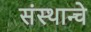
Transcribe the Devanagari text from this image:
संस्थान्चे